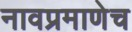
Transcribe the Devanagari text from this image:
नावप्रमाणेच